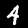
Digit: 4